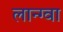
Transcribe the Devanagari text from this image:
लान्ग्वा